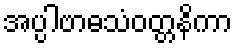
အပ္ပါဗာဓသံဝတ္တနိကာ